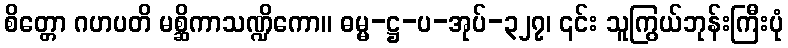
စိတ္တော ဂဟပတိ မစ္ဆိကာသဏ္ဍိကော။ ဓမ္မ-ဋ္ဌ-ပ-အုပ်-၃၂၇၊ ၎င်း သူကြွယ်ဘုန်းကြီးပုံ